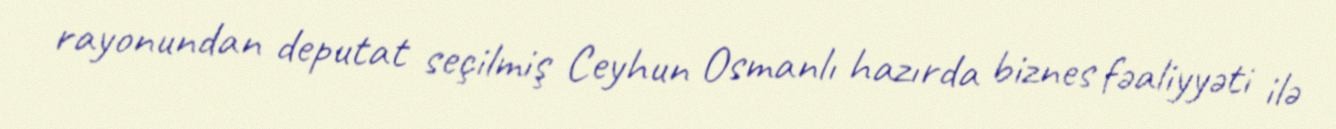
rayonundan deputat seçilmiş Ceyhun Osmanlı hazırda biznes fəaliyyəti ilə